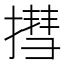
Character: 㨹